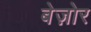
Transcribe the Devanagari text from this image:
बेज़ोर